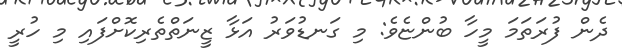
ދެން ފުރަތަމަ މީހާ ބުންޏެވެ: މި ގަނޑުވަރު އަޅާ ޒީނަތްތެރިކޮށްފައި މި ހުރީ